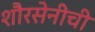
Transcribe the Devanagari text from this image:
शौरसेनीची